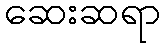
ဆေးဆရာ